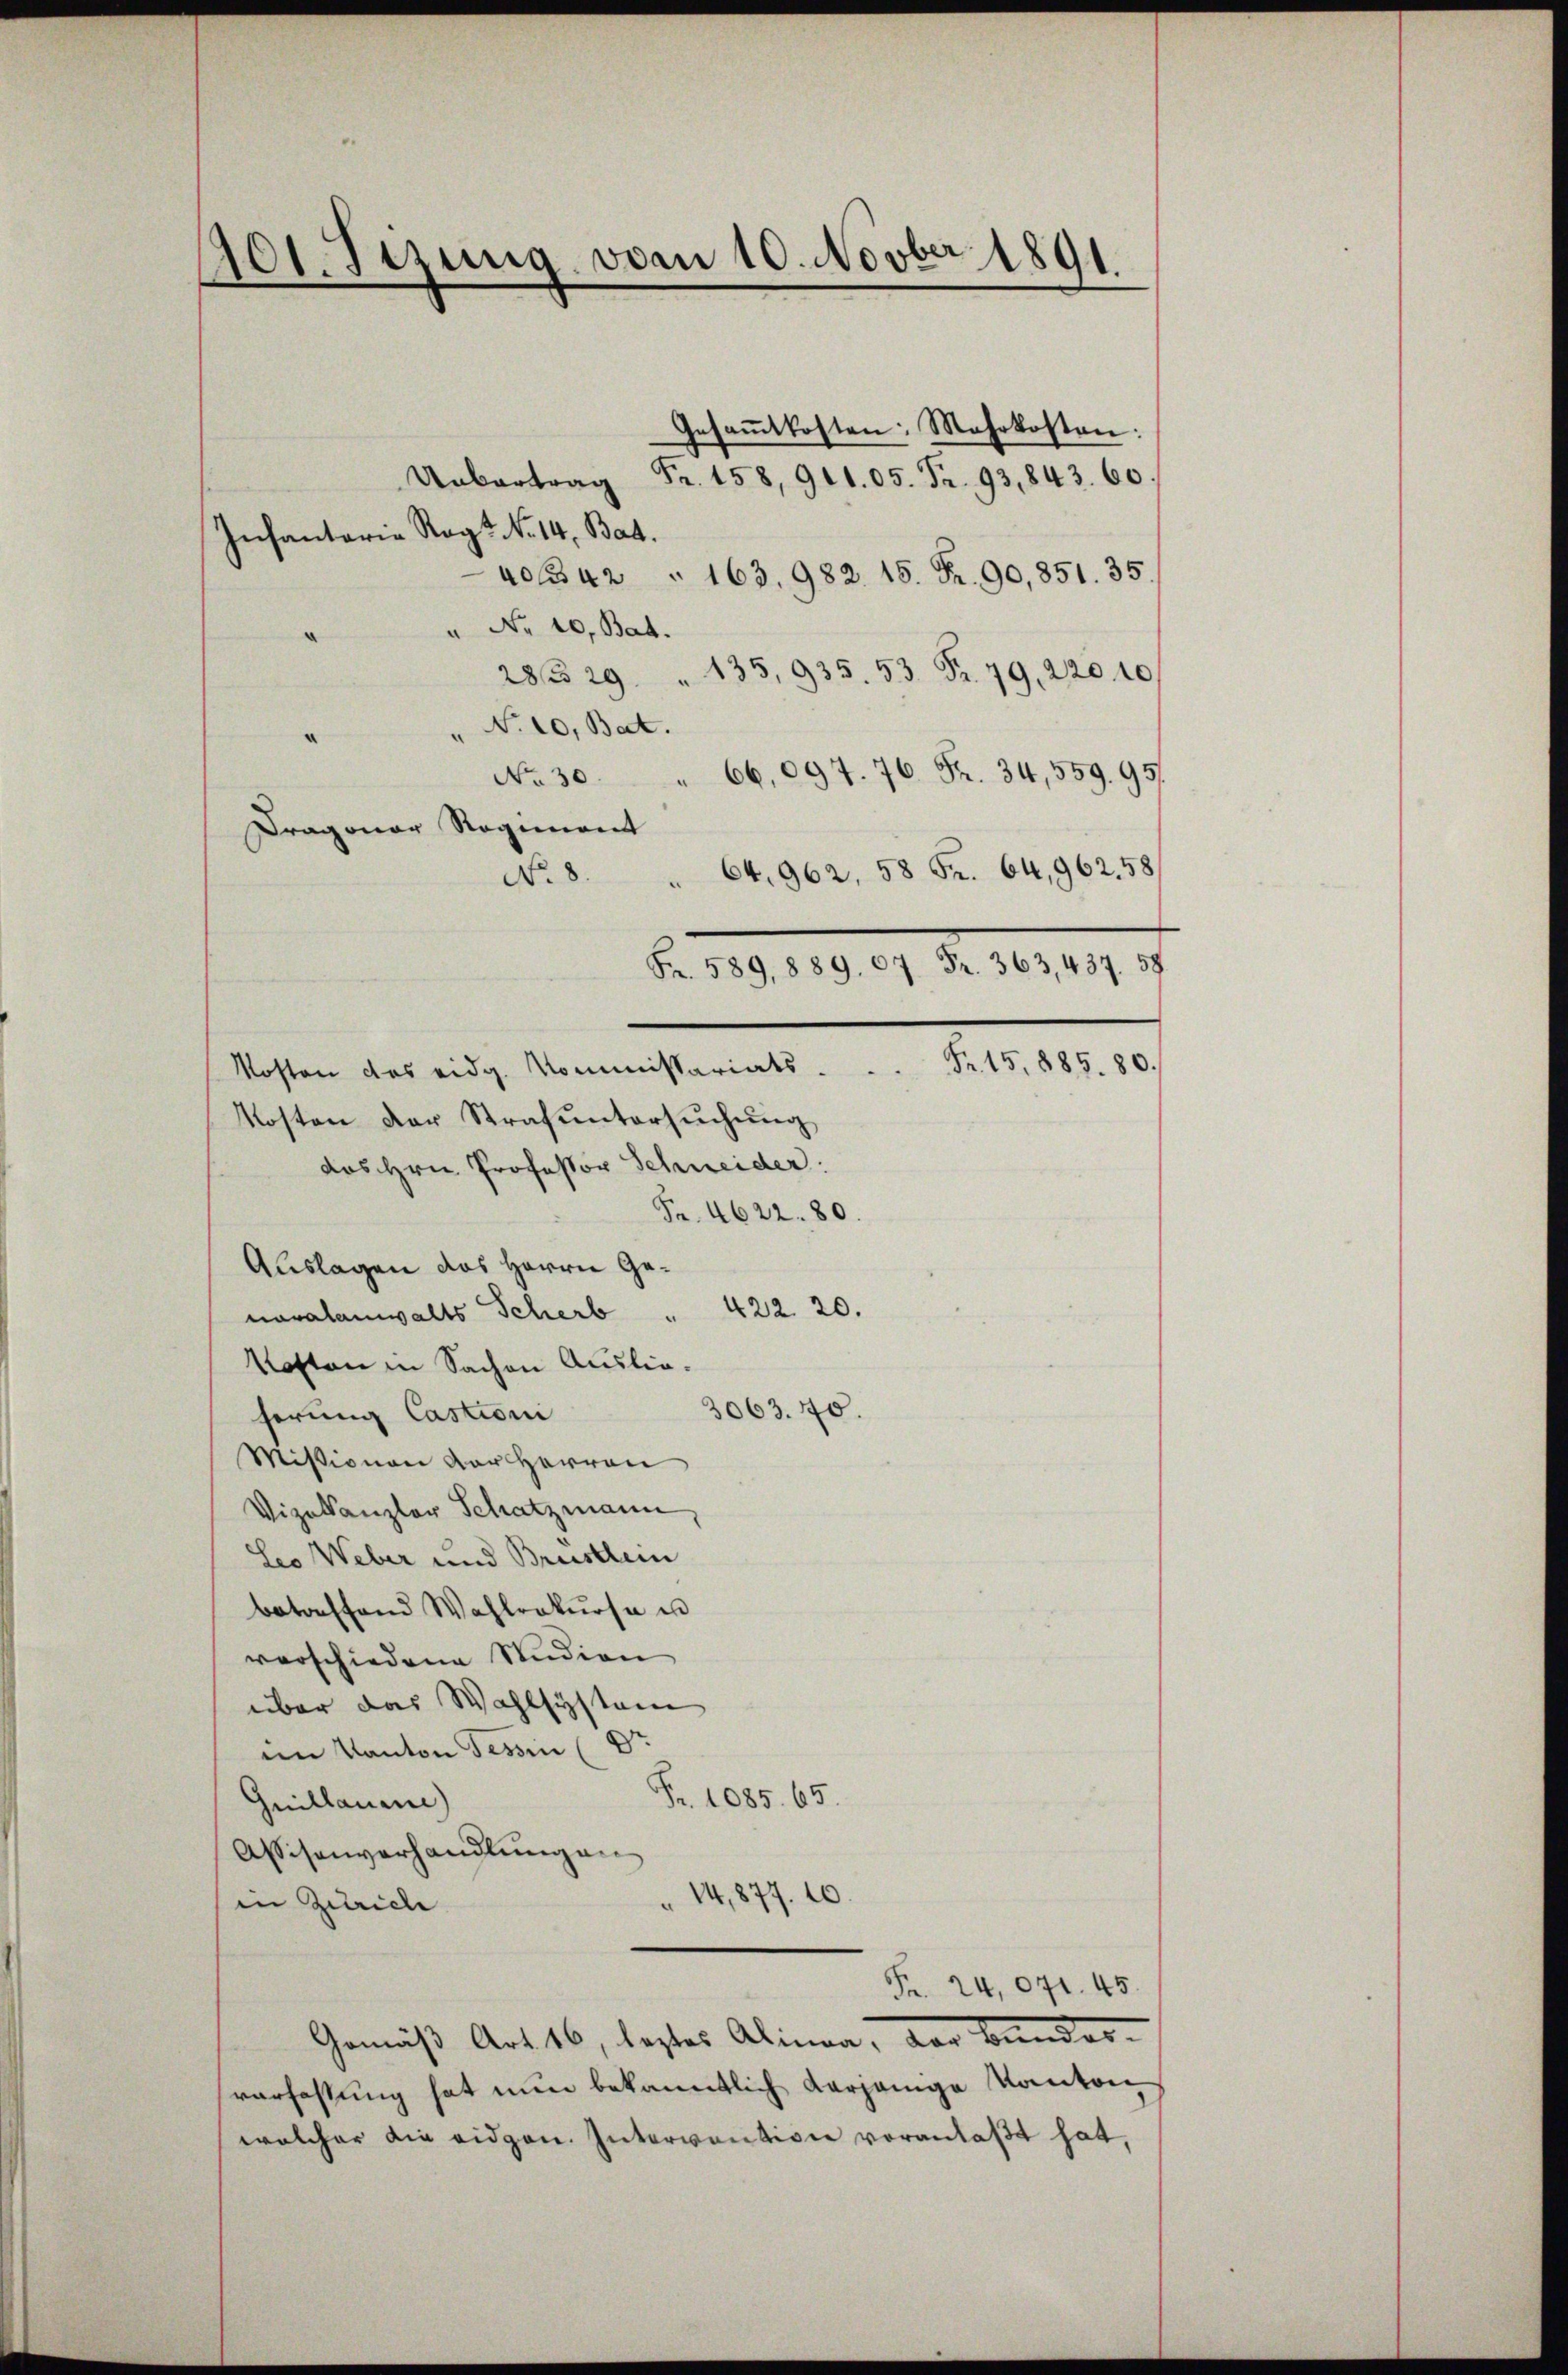
401. Sizung vom 10. Novber 1891.

Gesaṁtkosten: Mehrkosten:
Uebertrag Fr. 158, 91105. Fr. 93,843. 60
Infantaria Ragt No 14. Bat.
4042 " 163. 982. 15. Fr. 90,851. 35.
" Nr. 10, Bat.
28329 " 135, 935. 53 Fr. 79. 220 40
" N. 10, Bat.
No. 30. " 66,097. 76. Fr. 34, 559. 951.
Dragonar Rogenant
64, 962, 58 Fr. 64, 962. 58
No. 8
Fr. 589,889. 67 Fr. 363, 437. 58.
Kosten des eidg. Kommissariats . . . Fr. 15,885. 80.
Kosten der Strafŭntersŭchŭng
das Hrn. Professor Schneider.
Fr. 4622. 80.
Auslagen das Herrn Genovalanwalts Scherb " 422. 20.
Kosten in Sachen Auslie¬
3063. 40.
herung Castioni
Missionen der Herren
Vizekanzler Schatzmann
Leo Weber und Brustlein
betreffend Wahlrekŭrsa un
verschiedene Studien
über das Wahlsystem
im Kanton Tessin (Dr
Fr. 1085. 65.
Guillaume)
Assisenverhandlungen
" 14,877.
in Zürich
Fr. 24,071. 45.
Gemäß Art. 16, leztes Alinea, der Bundes-
verfassung hat nun bekanntlich derjenige Kantonwelcher die eidgen. Intervention veranlaßt hat,